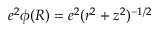
e ^ { 2 } \phi ( R ) = e ^ { 2 } ( r ^ { 2 } + z ^ { 2 } ) ^ { - 1 / 2 }